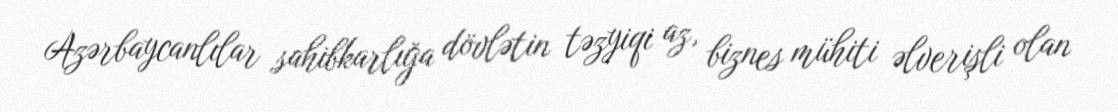
Azərbaycanlılar sahibkarlığa dövlətin təzyiqi az, biznes mühiti əlverişli olan